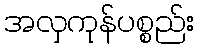
အလှကုန်ပစ္စည်း